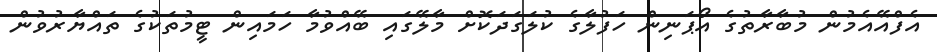
އެފްއޭއެމުން މުބާރާތުގެ އޯޕަނިން ހަފުލާގެ ކުލަގަދަކޮށް މާލޭގައި ބޭއްވުމާ ހަމައިން ޓީމުތަކުގެ ތައްޔާރުވުން